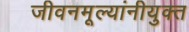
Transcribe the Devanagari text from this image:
जीवनमूल्यांनीयुक्त